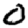
Digit: 0